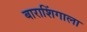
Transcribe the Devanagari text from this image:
बाराशिंगाला